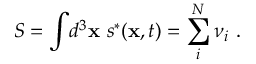
S = \int \! d ^ { 3 } { \bf x } ~ s ^ { * } ( { \bf x } , t ) = \sum _ { i } ^ { N } \nu _ { i } ~ .